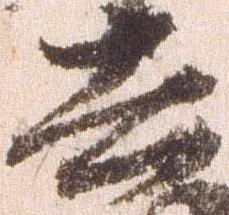
去